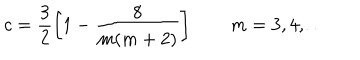
c = \frac { 3 } { 2 } \left[ 1 - \frac { 8 } { m ( m + 2 ) } \right] \qquad m = 3 , 4 , \ldots